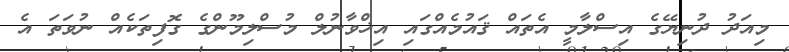
މިއަދު ދުނިޔޭގެ އިސްލާމީ އެތައް ޤައުމެއްގައި އިޚްވާނުލް މުސްލިމޫންގެ ގޮފިތަކެއް ނުވަތަ އެ